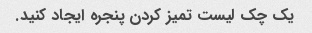
یک چک لیست تمیز کردن پنجره ایجاد کنید.